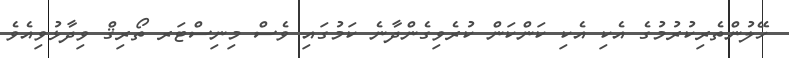
ހޭލުންތެރިކުރުމުގެ އެކި އެކި ކަންކަން ކުރެވިގެންދާނެ ކަމުގައި ވެސް މިނިސްޓަރ ތޯރިޤް ވިދާޅުވިއެވެ